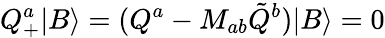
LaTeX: Q_{+}^{a}|B\rangle=(Q^{a}-M_{ab}\tilde{Q}^{b})|B\rangle=0